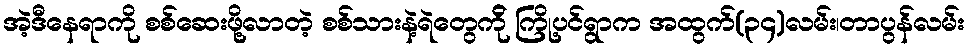
အဲ့ဒီနေရာကို စစ်ဆေးဖို့လာတဲ့ စစ်သားနဲ့ရဲတွေက်ို ကြို့ပင်ရွာက အထွက်(၃၄)လမ်း၊တာပွန်လမ်း